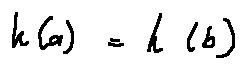
h ( a ) = h ( b )